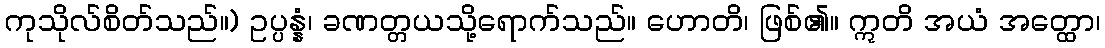
ကုသိုလ်စိတ်သည်။) ဥပ္ပန္နံ၊ ခဏတ္တယသို့ရောက်သည်။ ဟောတိ၊ ဖြစ်၏။ ဣတိ အယံ အတ္ထော၊